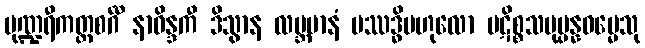
ပုဏ္ဍရီကတ္တစင်္ဂီ နာဝိန္ဒကီ ဒိသွာန လဗ္ဘမာနံ ပဿဒ္ဓိဗဟုလော ပဋိစ္စသမုပ္ပန္နဓမ္မေသု